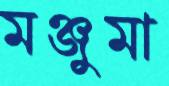
মঞ্জুমা